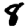
Digit: 8